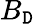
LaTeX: B_{\mathtt{D}}